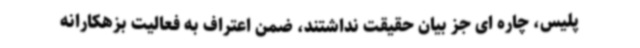
پلیس، چاره ای جز بیان حقیقت نداشتند، ضمن اعتراف به فعالیت بزهکارانه